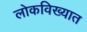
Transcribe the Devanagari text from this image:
लोकविख्यात